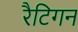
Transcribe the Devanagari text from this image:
रैटिगन